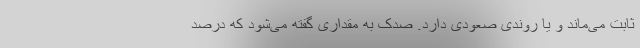
ثابت می‌ماند و یا روندی صعودی دارد. صدک به مقداری گفته می‌شود که درصد